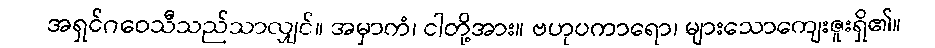
အရှင်ဂဝေသီသည်သာလျှင်။ အမှာကံ၊ ငါတို့အား။ ဗဟုပကာရော၊ များသောကျေးဇူးရှိ၏။